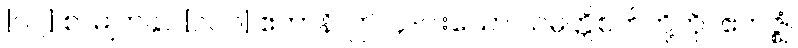
[၀၂] စာမျက်နှာ [၁၀၁] ဧတာနိ၊ ဤ ၄-ပါးသော သမ္ပတ္တိစက်တို့ကို။ ဧကဇ္ဈံ၊